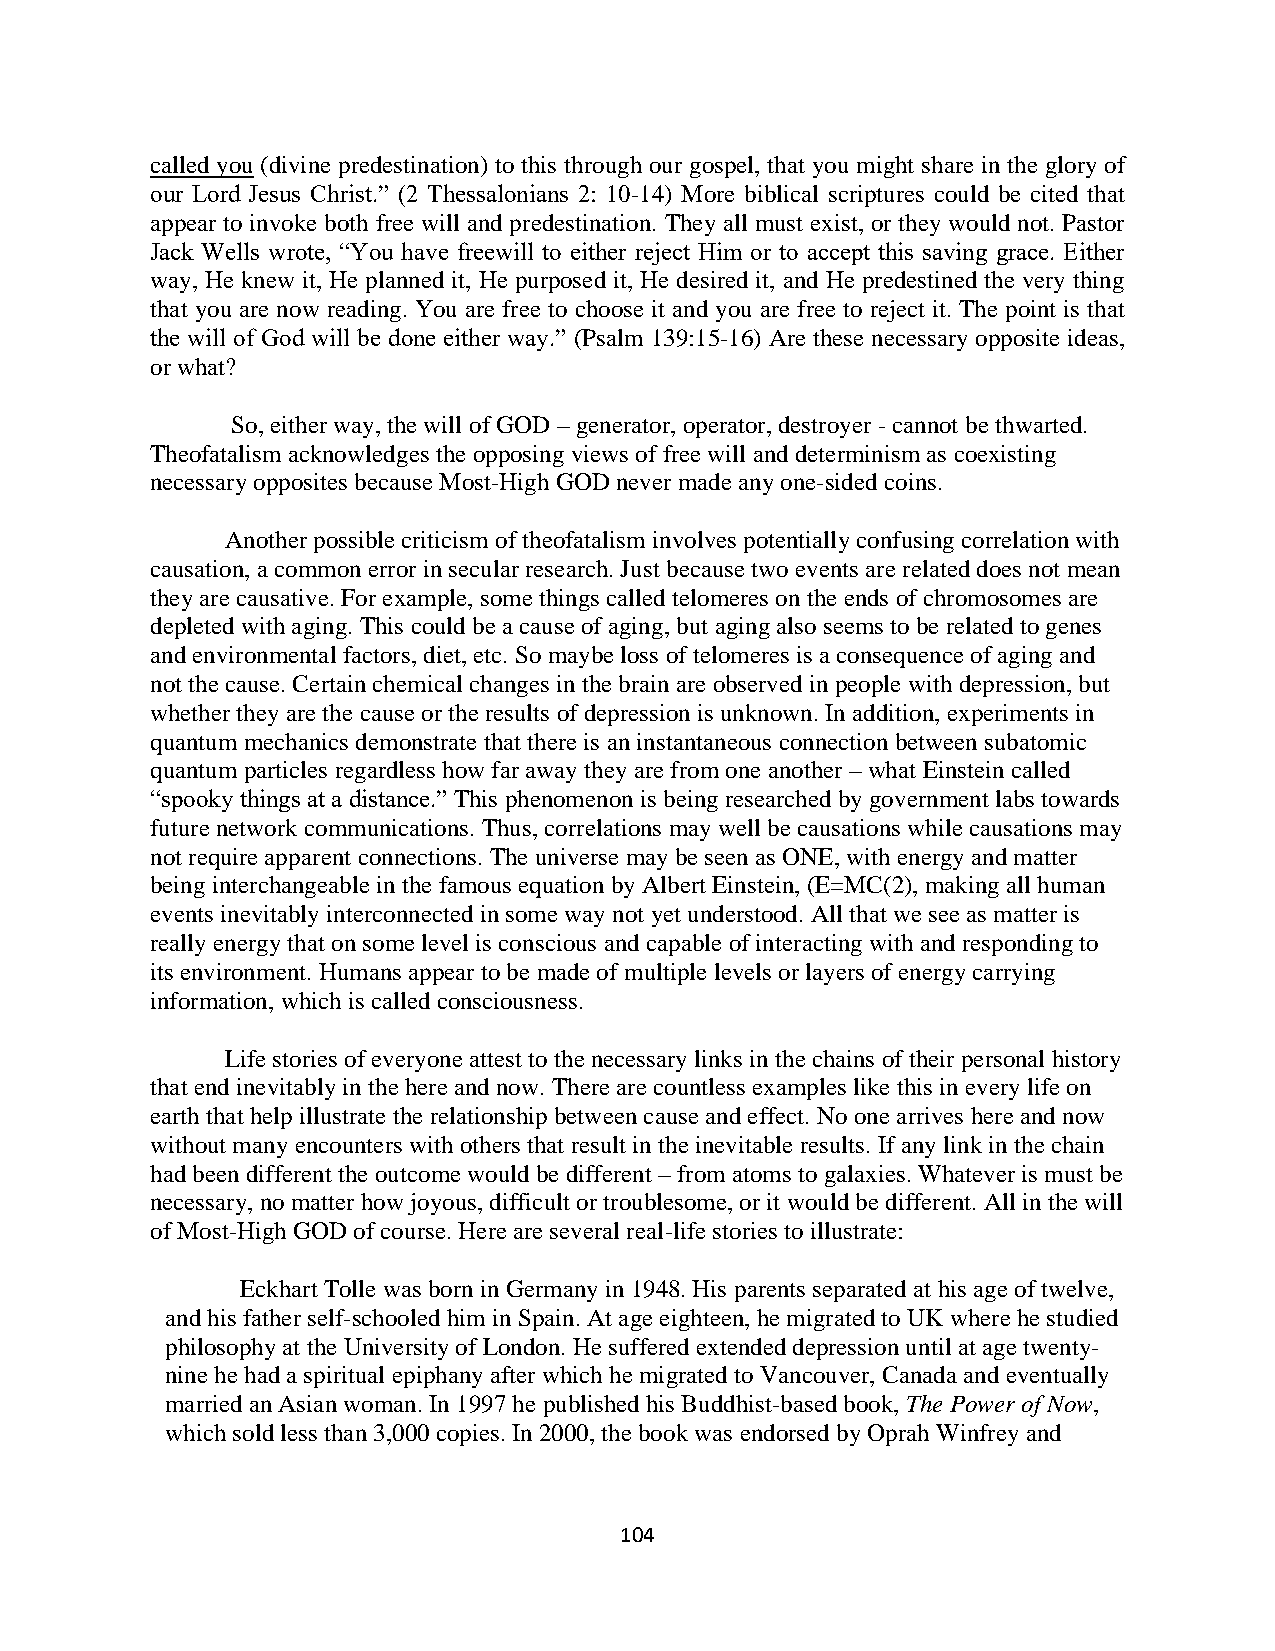
called you (divine predestination) to this through our gospel, that you might share in the glory of
 our Lord Jesus Christ.” (2 Thessalonians 2: 10-14) More biblical scriptures could be cited that
 appear to invoke both free will and predestination. They all must exist, or they would not. Pastor
 Jack Wells wrote, “You have freewill to either reject Him or to accept this saving grace. Either
 way, He knew it, He planned it, He purposed it, He desired it, and He predestined the very thing
 that you are now reading. You are free to choose it and you are free to reject it. The point is that
 the will of God will be done either way.” (Psalm 139:15-16) Are these necessary opposite ideas,
 or what?
 So, either way, the will of GOD – generator, operator, destroyer - cannot be thwarted.
 Theofatalism acknowledges the opposing views of free will and determinism as coexisting
 necessary opposites because Most-High GOD never made any one-sided coins.
 Another possible criticism of theofatalism involves potentially confusing correlation with
 causation, a common error in secular research. Just because two events are related does not mean
 they are causative. For example, some things called telomeres on the ends of chromosomes are
 depleted with aging. This could be a cause of aging, but aging also seems to be related to genes
 and environmental factors, diet, etc. So maybe loss of telomeres is a consequence of aging and
 not the cause. Certain chemical changes in the brain are observed in people with depression, but
 whether they are the cause or the results of depression is unknown. In addition, experiments in
 quantum mechanics demonstrate that there is an instantaneous connection between subatomic
 quantum particles regardless how far away they are from one another – what Einstein called
 “spooky things at a distance.” This phenomenon is being researched by government labs towards
 future network communications. Thus, correlations may well be causations while causations may
 not require apparent connections. The universe may be seen as ONE, with energy and matter
 being interchangeable in the famous equation by Albert Einstein, (E=MC(2), making all human
 events inevitably interconnected in some way not yet understood. All that we see as matter is
 really energy that on some level is conscious and capable of interacting with and responding to
 its environment. Humans appear to be made of multiple levels or layers of energy carrying
 information, which is called consciousness.
 Life stories of everyone attest to the necessary links in the chains of their personal history
 that end inevitably in the here and now. There are countless examples like this in every life on
 earth that help illustrate the relationship between cause and effect. No one arrives here and now
 without many encounters with others that result in the inevitable results. If any link in the chain
 had been different the outcome would be different – from atoms to galaxies. Whatever is must be
 necessary, no matter how joyous, difficult or troublesome, or it would be different. All in the will
 of Most-High GOD of course. Here are several real-life stories to illustrate:
 Eckhart Tolle was born in Germany in 1948. His parents separated at his age of twelve,
 and his father self-schooled him in Spain. At age eighteen, he migrated to UK where he studied
 philosophy at the University of London. He suffered extended depression until at age twenty-
 nine he had a spiritual epiphany after which he migrated to Vancouver, Canada and eventually
 married an Asian woman. In 1997 he published his Buddhist-based book, The Power of Now,
 which sold less than 3,000 copies. In 2000, the book was endorsed by Oprah Winfrey and
 104